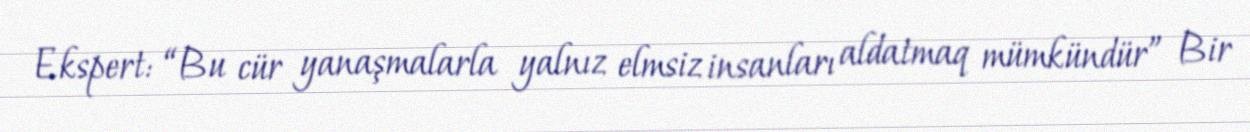
Ekspert: “Bu cür yanaşmalarla yalnız elmsiz insanları aldatmaq mümkündür” Bir